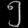
Digit: ၅